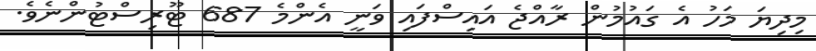
މިދިޔަ މަހު އެ ގައުމުން ރާއްޖެ އައިސްފައި ވަނީ އެންމެ 687 ޓޫރިސްޓުންނެވެ.